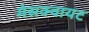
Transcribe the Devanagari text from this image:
मेसक्वायट